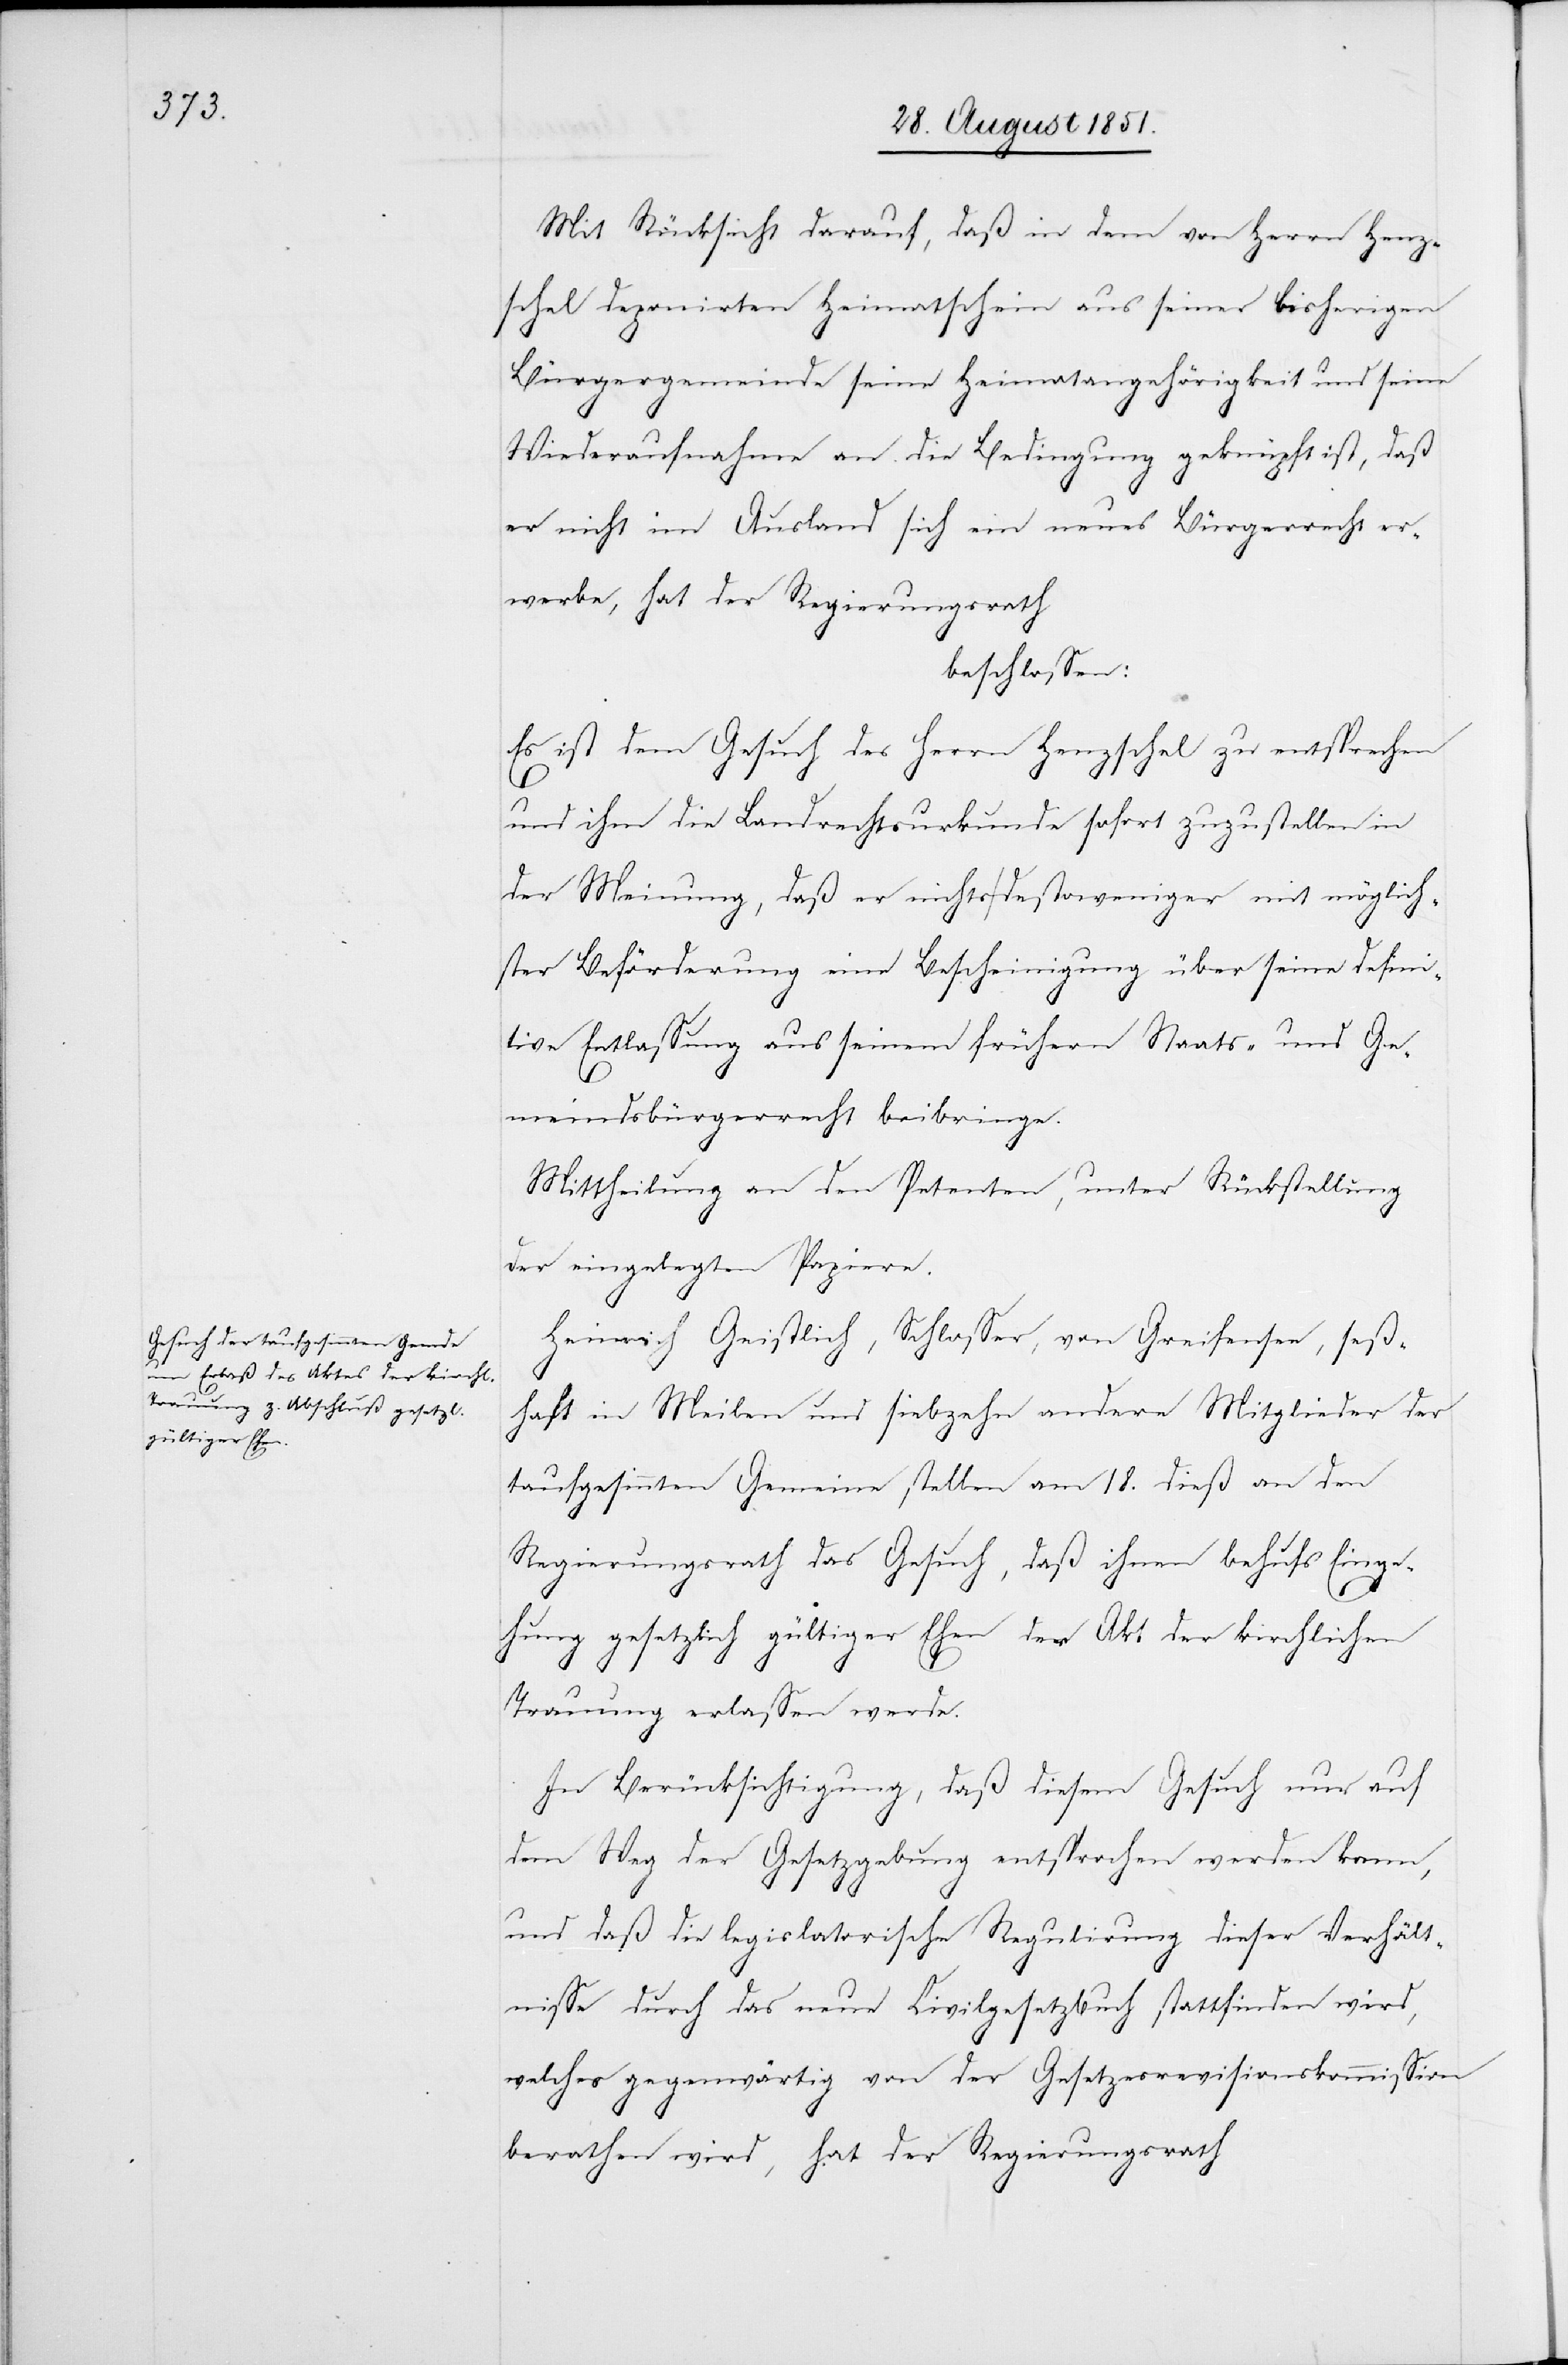
Mit Rücksicht darauf, daß in dem von Herrn Henz¬
schel deponirten Heimatschein aus seiner bisherigen
Bürgergemeinde seine Heimatangehörigkeit und seine
Wiederaufnahme an die Bedingung geknüpft ist, daß
er nicht im Ausland sich ein neues Bürgerrecht er¬
werbe, hat der Regierungsrath
beschlossen:
Es ist dem Gesuch des Herrn Henzschel zu entsprechen
und ihm die Landrechtsurkunde sofort zuzustellen in
der Meinung, daß er nichts destoweniger mit möglich¬
ster Beförderung eine Bescheinigung über seine defini¬
tive Entlassung aus seinem frühern Staats- und Ge¬
meindsbürgerrecht beibringe.
Mittheilung an den Petenten, unter Rückstellung
der eingelegten Papiere.
Heinrich Geistlich, Schlosser, von Greifensee, seß¬
haft in Meilen und siebzehn andere Mitglieder der
taufgesinnten Gemein[d]e stellen am 18. dieß an den
Regierungsrath das Gesuch, daß ihnen behufs Einge¬
hung gesetzlich gültiger Ehen der Akt der kirchlichen
Trauung erlassen werde.
In Berücksichtigung, daß diesem Gesuch nur auf
dem Weg der Gesetzgebung entsprochen werden kann,
und daß die legislatorische Regulirung dieser Verhält¬
nisse durch das neue Civilgesetzbuch stattfinden wird,
welches gegenwärtig von der Gesetzesrevisionskommission
berathen wird, hat der Regierungsrath